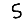
Digit: 5